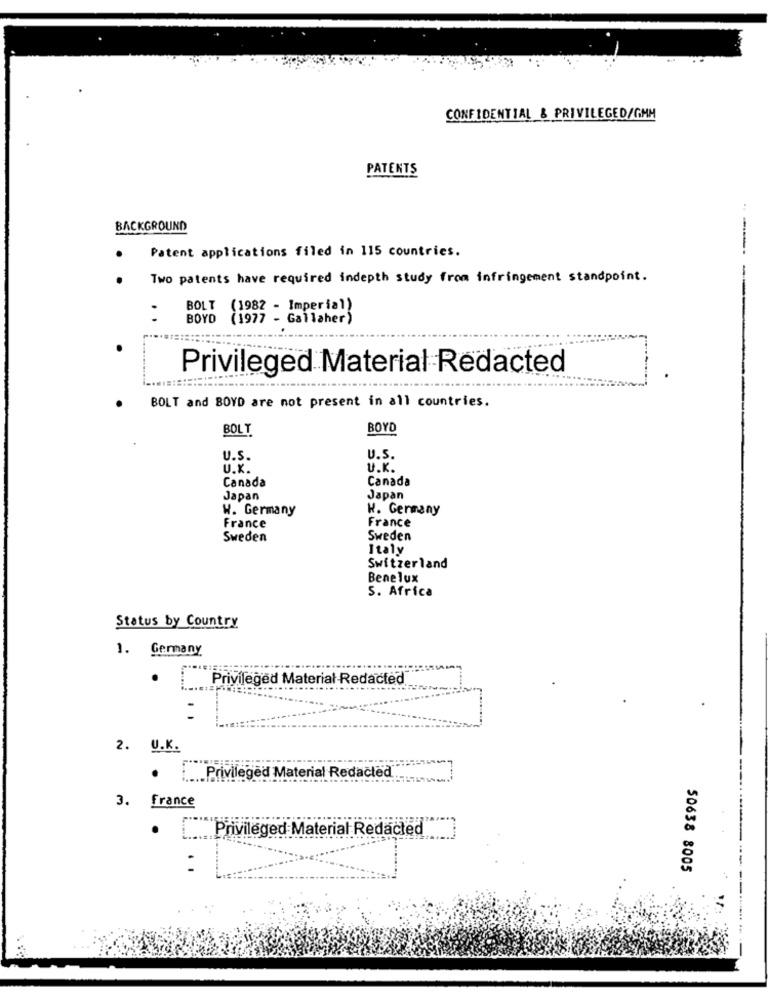
CONFIDENTIAL & PRIVILEGED/GMM
PATENTS
BACKGROUND
Patent applications filed in 115 countries.
Two patents have required indepth study from infringement standpoint.
---- -
BOLT
(1982 - Imperial)
BOYD
(1977 - Gallaher)
Privileged Material Redacted
BOLT and BOYD are not present in all countries.
BOLT
BOYD
U.S.
U.S.
U.K.
U.K.
Canada
Canada
Japan
Japan
W. Germany
K. Germany
France
France
Sweden
Sweden
Italy
Switzerland
Benelux
S. Africa
Status by Country
1. Germany
Privileged Material Redacted
2. U.K.
.Privileged Material Redacted
3. france
.... Privileged Material Redacted
50638 8005